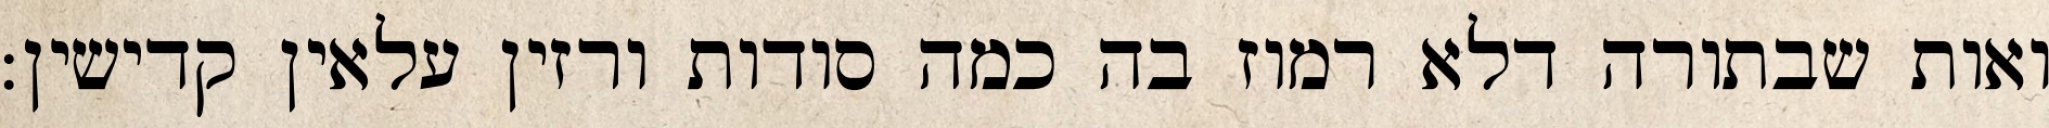
ואות שבתורה דלא רמוז בה כמה סודות ורזין עלאין קדישין: